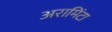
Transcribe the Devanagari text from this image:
अरामिंटा